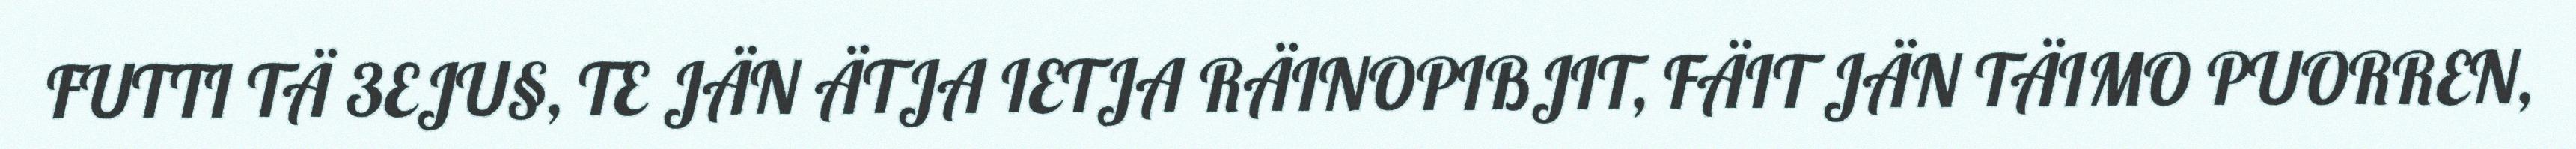
FUTTI TÄ 3EJU§, TE JÄN ÄTJA IETJA RÄINOPIBJIT, FÄIT JÄN TÄIMO PUORREN,